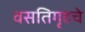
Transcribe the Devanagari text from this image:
वसतिगृहचे